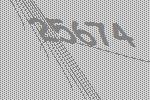
25674